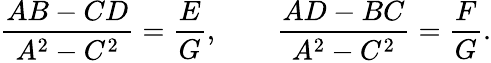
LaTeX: {\frac{AB-CD}{A^{2}-C^{2}}}={\frac{E}{G}},\qquad{\frac{AD-BC}{A^{2}-C^{2}}}={\frac{F}{G}}.